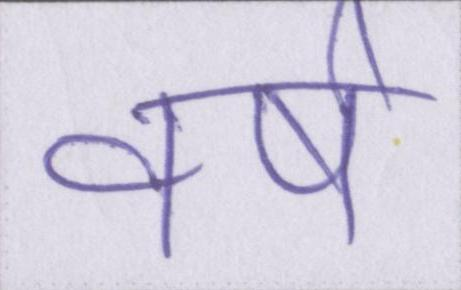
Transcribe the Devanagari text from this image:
वर्ष